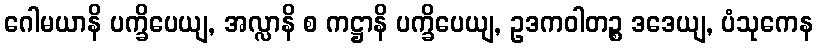
ဂေါမယာနိ ပက္ခိပေယျ, အလ္လာနိ စ ကဋ္ဌာနိ ပက္ခိပေယျ, ဥဒကဝါတဉ္စ ဒဒေယျ, ပံသုကေန